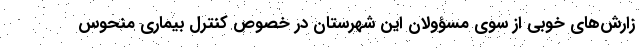
زارش‌های خوبی از سوی مسؤولان این شهرستان در خصوص کنترل بیماری منحوس